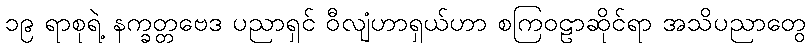
၁၉ ရာစုရဲ့ နက္ခတ္တဗေဒ ပညာရှင် ဝီလျံဟာရှယ်ဟာ စကြဝဠာဆိုင်ရာ အသိပညာတွေ